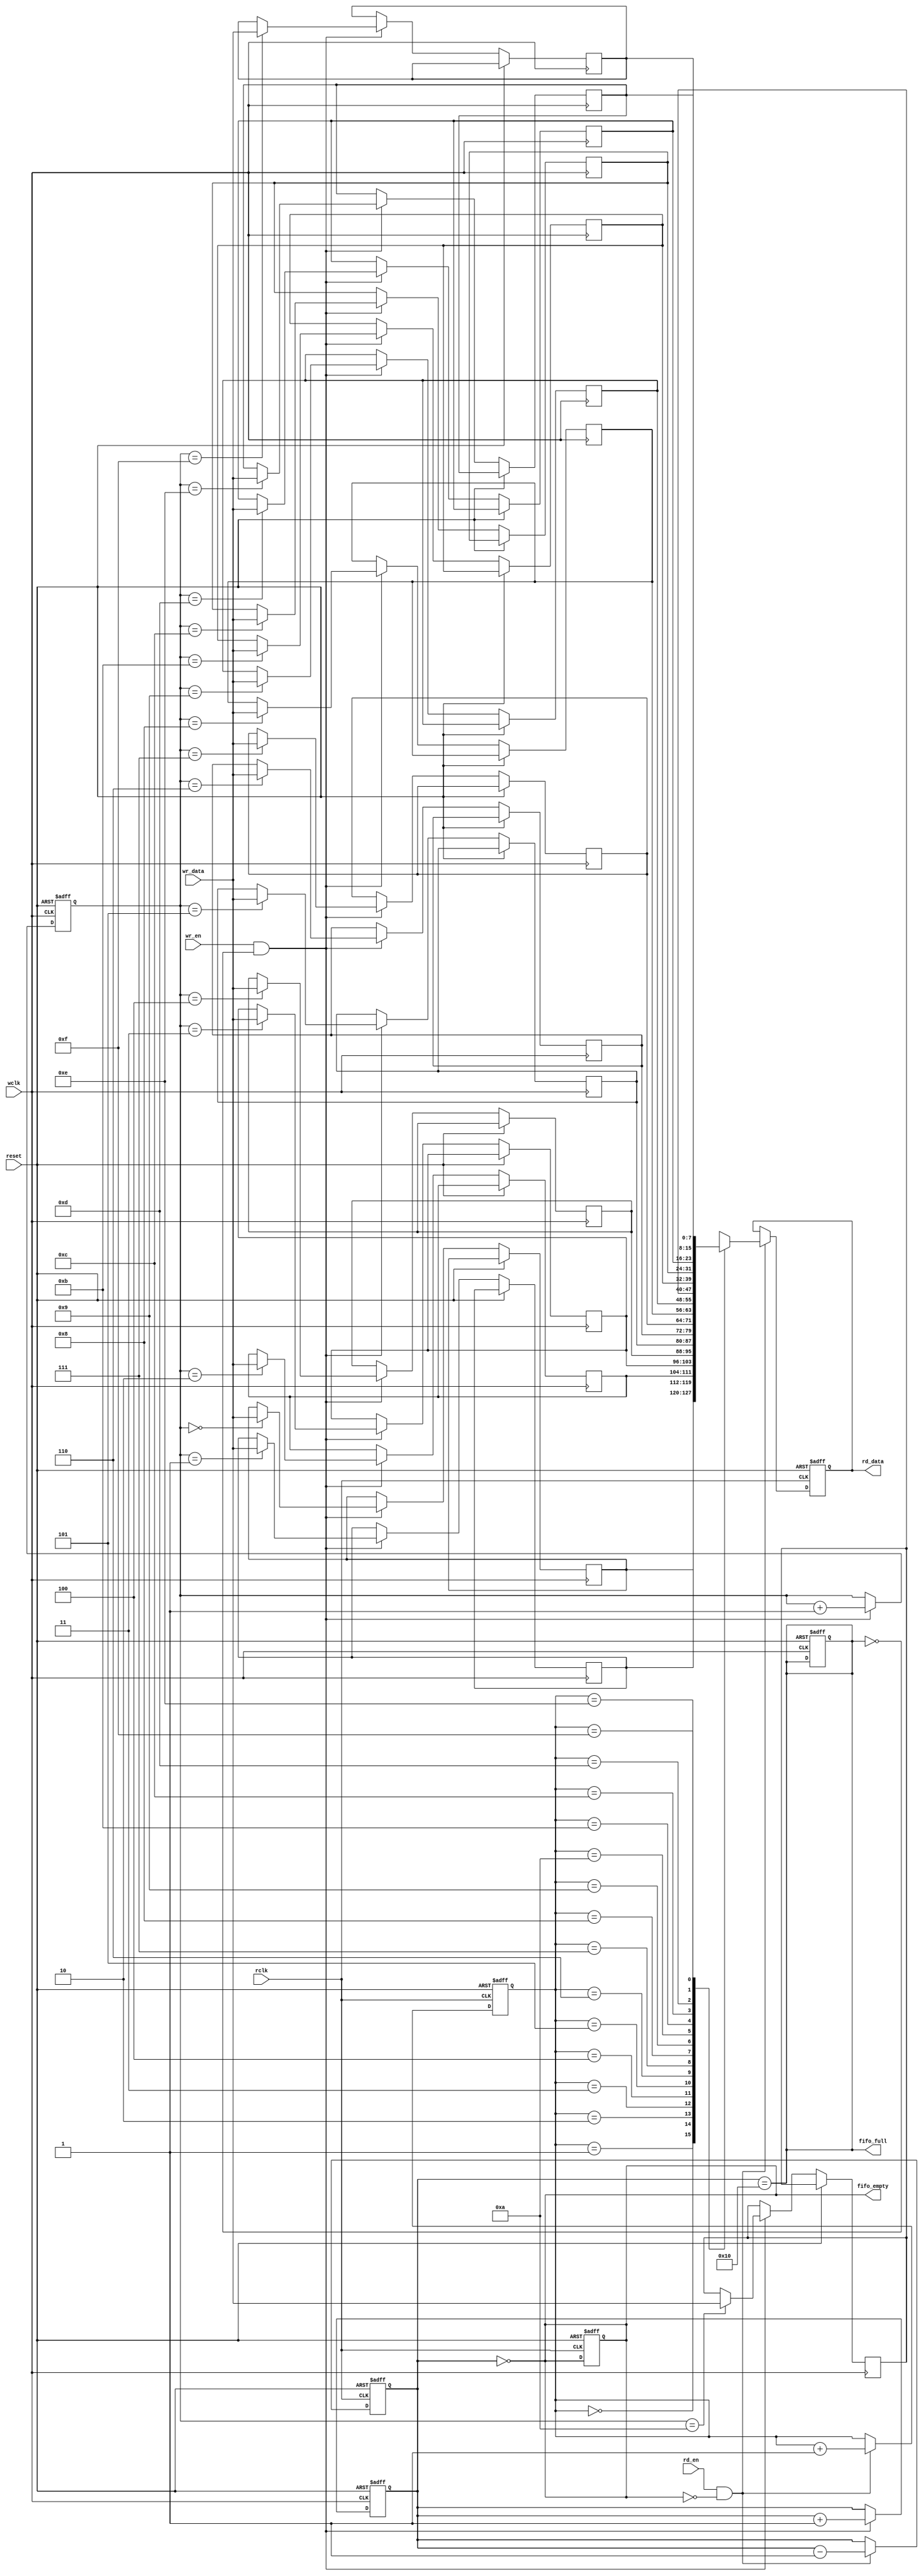
module dual_clock_fifo #(
    parameter DATA_WIDTH = 8,  // Width of data
    parameter FIFO_DEPTH = 16   // Depth of FIFO
)(
    input wire               wclk,          // Write clock
    input wire               rclk,          // Read clock
    input wire               reset,         // Asynchronous reset
    input wire [DATA_WIDTH-1:0] wr_data,    // Data to write
    input wire               wr_en,         // Write enable
    input wire               rd_en,         // Read enable
    output reg [DATA_WIDTH-1:0] rd_data,    // Data to read
    output reg               fifo_full,     // FIFO full flag
    output reg               fifo_empty      // FIFO empty flag
);

    // Memory declaration
    reg [DATA_WIDTH-1:0] mem [0:FIFO_DEPTH-1];

    // Write Pointer and Read Pointer
    reg [$clog2(FIFO_DEPTH)-1:0] wptr;
    reg [$clog2(FIFO_DEPTH)-1:0] rptr;
    reg [$clog2(FIFO_DEPTH):0] count;  // To maintain the count of entries

    // Asynchronous Reset
    always @(posedge wclk or posedge reset) begin
        if (reset) begin
            wptr <= 0;
            count <= 0;
            fifo_full <= 0;
        end else if (wr_en && !fifo_full) begin
            mem[wptr] <= wr_data;          // Write data to memory
            wptr <= wptr + 1;              // Increment write pointer
            count <= count + 1;            // Increment count
        end
    end

    always @(posedge rclk or posedge reset) begin
        if (reset) begin
            rptr <= 0;
            rd_data <= 0;
            count <= 0;
            fifo_empty <= 1;
        end else if (rd_en && !fifo_empty) begin
            rd_data <= mem[rptr];         // Read data from memory
            rptr <= rptr + 1;              // Increment read pointer
            count <= count - 1;            // Decrement count
        end
    end

    // FIFO status flags
    always @* begin
        fifo_full = (count == FIFO_DEPTH);
        fifo_empty = (count == 0);
    end

    // Pointer synchronization
    wire [$clog2(FIFO_DEPTH)-1:0] sync_rptr;
    always @(posedge wclk) begin
        if (wr_en && !fifo_full) begin
            sync_rptr <= rptr;  // Capture the read pointer on the write clock domain
        end
    end

endmodule